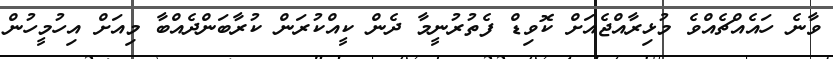
ވާނެ ހައެއްޗެއްވެ މުޅިރާއްޖެއަށް ކޮވިޑް ފެތުރުނީމާ ދެން ކީއްކުރަން ކުރާބަންދެއްބާ މިއަށް އިހުމީހުން